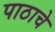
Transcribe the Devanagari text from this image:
पाठाचे